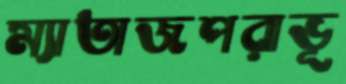
ম্যাতাজপরাভূ